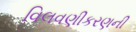
વિલવણીકરણની